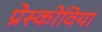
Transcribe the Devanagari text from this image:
प्रेस्कोविया